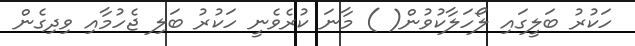
ހަކުރު ބަލީގައި ލޯހަލާކުވުން( ) މާނަ ކުރެވެނީ ހަކުރު ބަލި ޖެހުމާއި ވިދިގެން